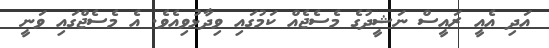
އަދި އެއީ ރައީސް ނަޝީދުގެ މެސެޖެއް ކަމުގައި ވިދާޅުވިއެވެ. އެ މެސެޖްގައި ވަނީ